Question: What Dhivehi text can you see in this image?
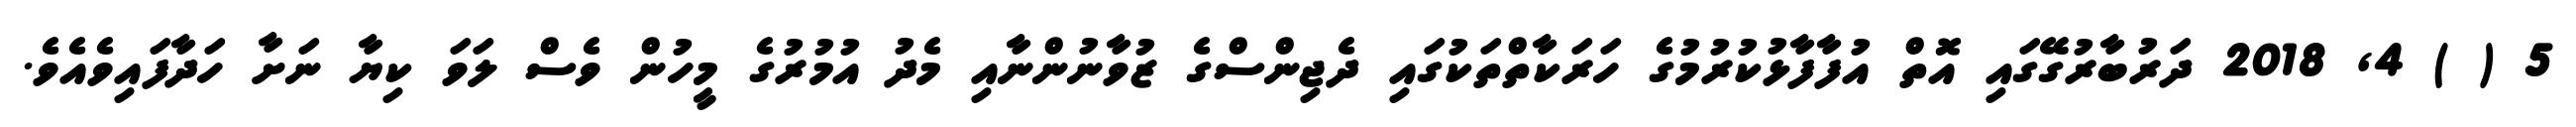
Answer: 5 ( ) 4, 2018 ދަރުބާރުގޭގައި އޮތް އުފާފާޅުކުރުމުގެ ހަރަކާތްތަކުގައި ދެޖިންސްގެ ޒުވާނުންނާއި މެދު އުމުރުގެ މީހުން ވެސް ލަވަ ކިޔާ ނަށާ ހަދާފައިވެއެވެ.